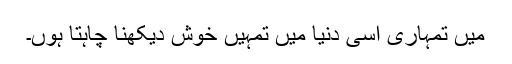
میں تمہاری اسی دنیا میں تمہیں خوش دیکھنا چاہتا ہوں۔